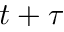
t + \tau